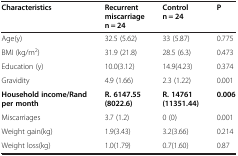
| Characteristics | Recurrent miscarriage n = 24 | Control n = 24 | P |
 | --- | --- | --- | --- |
 | Age(y) | 32.5 (5.62) | 33 (5.87) | 0.775 |
 | BMI (kg/m2) | 31.9 (21.8) | 28.5 (6.3) | 0.473 |
 | Education (y) | 10.0(3.12) | 14.9(4.23) | 0.374 |
 | Gravidity | 4.9 (1.66) | 2.3 (1.22) | 0.001 |
 | Household income/Rand per month | R. 6147.55 (8022.6) | R. 14761 (11351.44) | 0.006 |
 | Miscarriages | 3.7 (1.2) | 0 (0) | 0.001 |
 | Weight gain(kg) | 1.9(3.43) | 3.2(3.66) | 0.214 |
 | Weight loss(kg) | 1.0(1.79) | 0.7(1.60) | 0.87 |